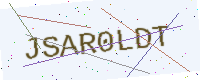
Text: JSAR0LDT